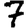
Digit: 7